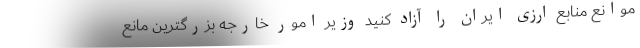
موانع منابع ارزی ایران را آزاد کنید وزیر امور خارجه بزرگترین مانع